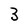
Character: 3